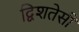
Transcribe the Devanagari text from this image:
द्विशतेसी